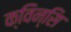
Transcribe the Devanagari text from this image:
क्विन्सि